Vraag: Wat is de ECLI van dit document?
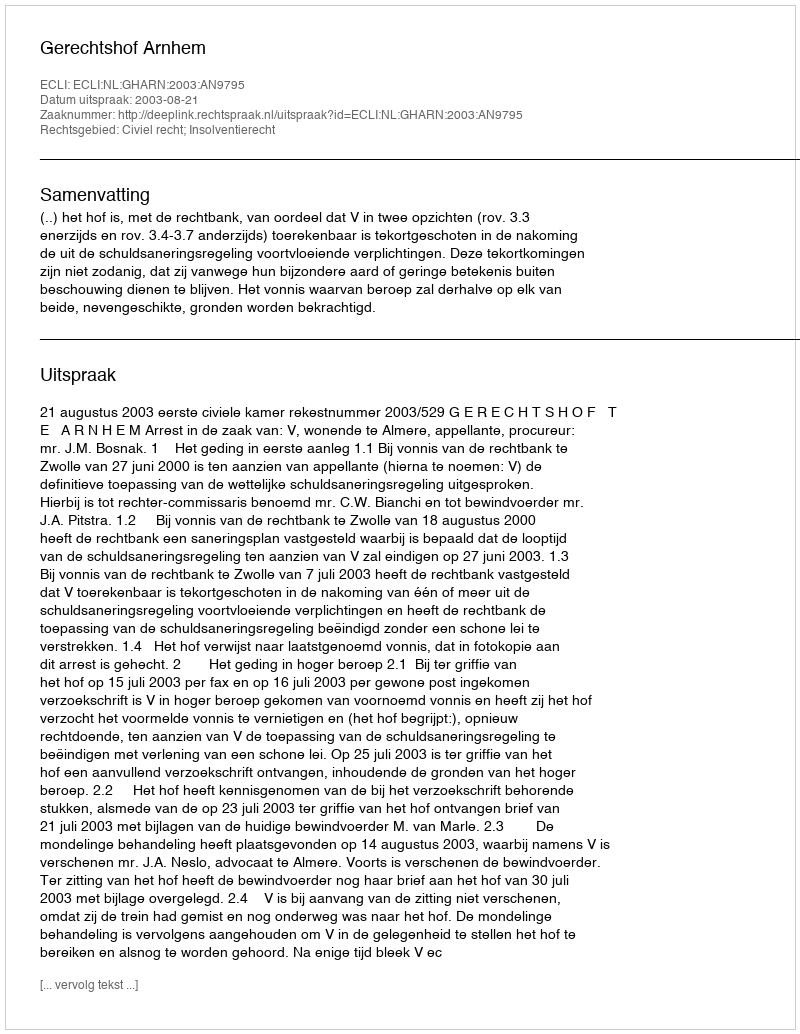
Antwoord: ECLI:NL:GHARN:2003:AN9795